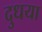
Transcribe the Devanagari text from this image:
दुधया